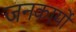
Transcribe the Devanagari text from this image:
जनकार्यों